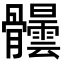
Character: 𩪺